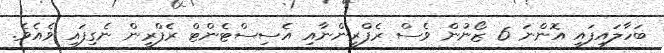
ބަހާލައިފައި އޮންނަ 6 ޒޯނުން ވެސް ރެފްރީންނާއި އެސިސްޓެންޓް ރެފްރީން ނެގިފައި ވެއެވެ.